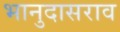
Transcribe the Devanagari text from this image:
भानुदासराव